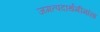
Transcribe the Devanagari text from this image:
जगत्पदार्थमीमांसा